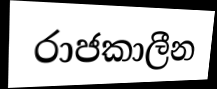
රාජකාලීන